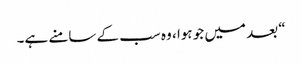
“ بعد میں جو ہوا ، وہ سب کے سامنے ہے۔